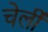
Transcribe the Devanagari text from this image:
चेर्ली